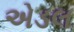
એડલ